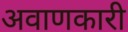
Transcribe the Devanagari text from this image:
अवाणकारी